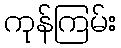
ကုန်ကြမ်း